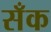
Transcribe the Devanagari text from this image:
सँक